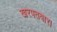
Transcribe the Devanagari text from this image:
खरपतवार।